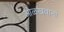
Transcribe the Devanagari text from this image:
ओळखवानां